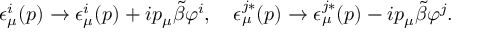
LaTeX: \epsilon _ { \mu } ^ { i } ( p ) \rightarrow \epsilon _ { \mu } ^ { i } ( p ) + i p _ { \mu } \tilde { \beta } \varphi ^ { i } , \quad \epsilon _ { \mu } ^ { j * } ( p ) \rightarrow \epsilon _ { \mu } ^ { j * } ( p ) - i p _ { \mu } \tilde { \beta } \varphi ^ { j } .